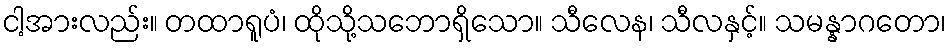
ငါ့အားလည်း။ တထာရူပံ၊ ထိုသို့သဘောရှိသော။ သီလေန၊ သီလနှင့်။ သမန္နာဂတော၊